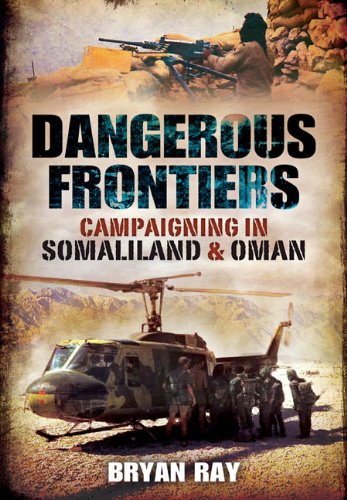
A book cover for DANGEROUS FRONTIERS: Campaigning in Somaliland and Oman; Bryan Ray; History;